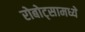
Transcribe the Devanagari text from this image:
रोबोट्सामध्ये